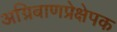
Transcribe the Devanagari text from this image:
अग्निबाणप्रेक्षेपक